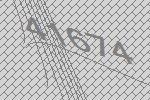
41674